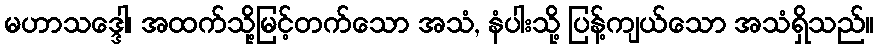
မဟာသဒ္ဒေါ၊ အထက်သို့မြင့်တက်သော အသံ, နံပါးသို့ ပြန့်ကျယ်သော အသံရှိသည်။